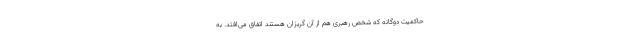
حاکمیت دوگانه که شخص رهبری هم از آن گریزان هستند اتفاق می‌افتد. به